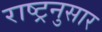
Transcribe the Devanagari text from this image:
राष्ट्रनुसार